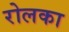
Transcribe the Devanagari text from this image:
रोलका